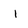
Character: I